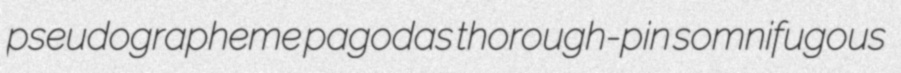
pseudographeme pagodas thorough-pin somnifugous